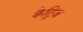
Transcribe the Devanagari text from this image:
कैट्रिज